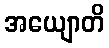
အယျောတိ